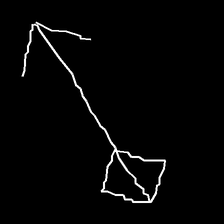
Glyph: focus